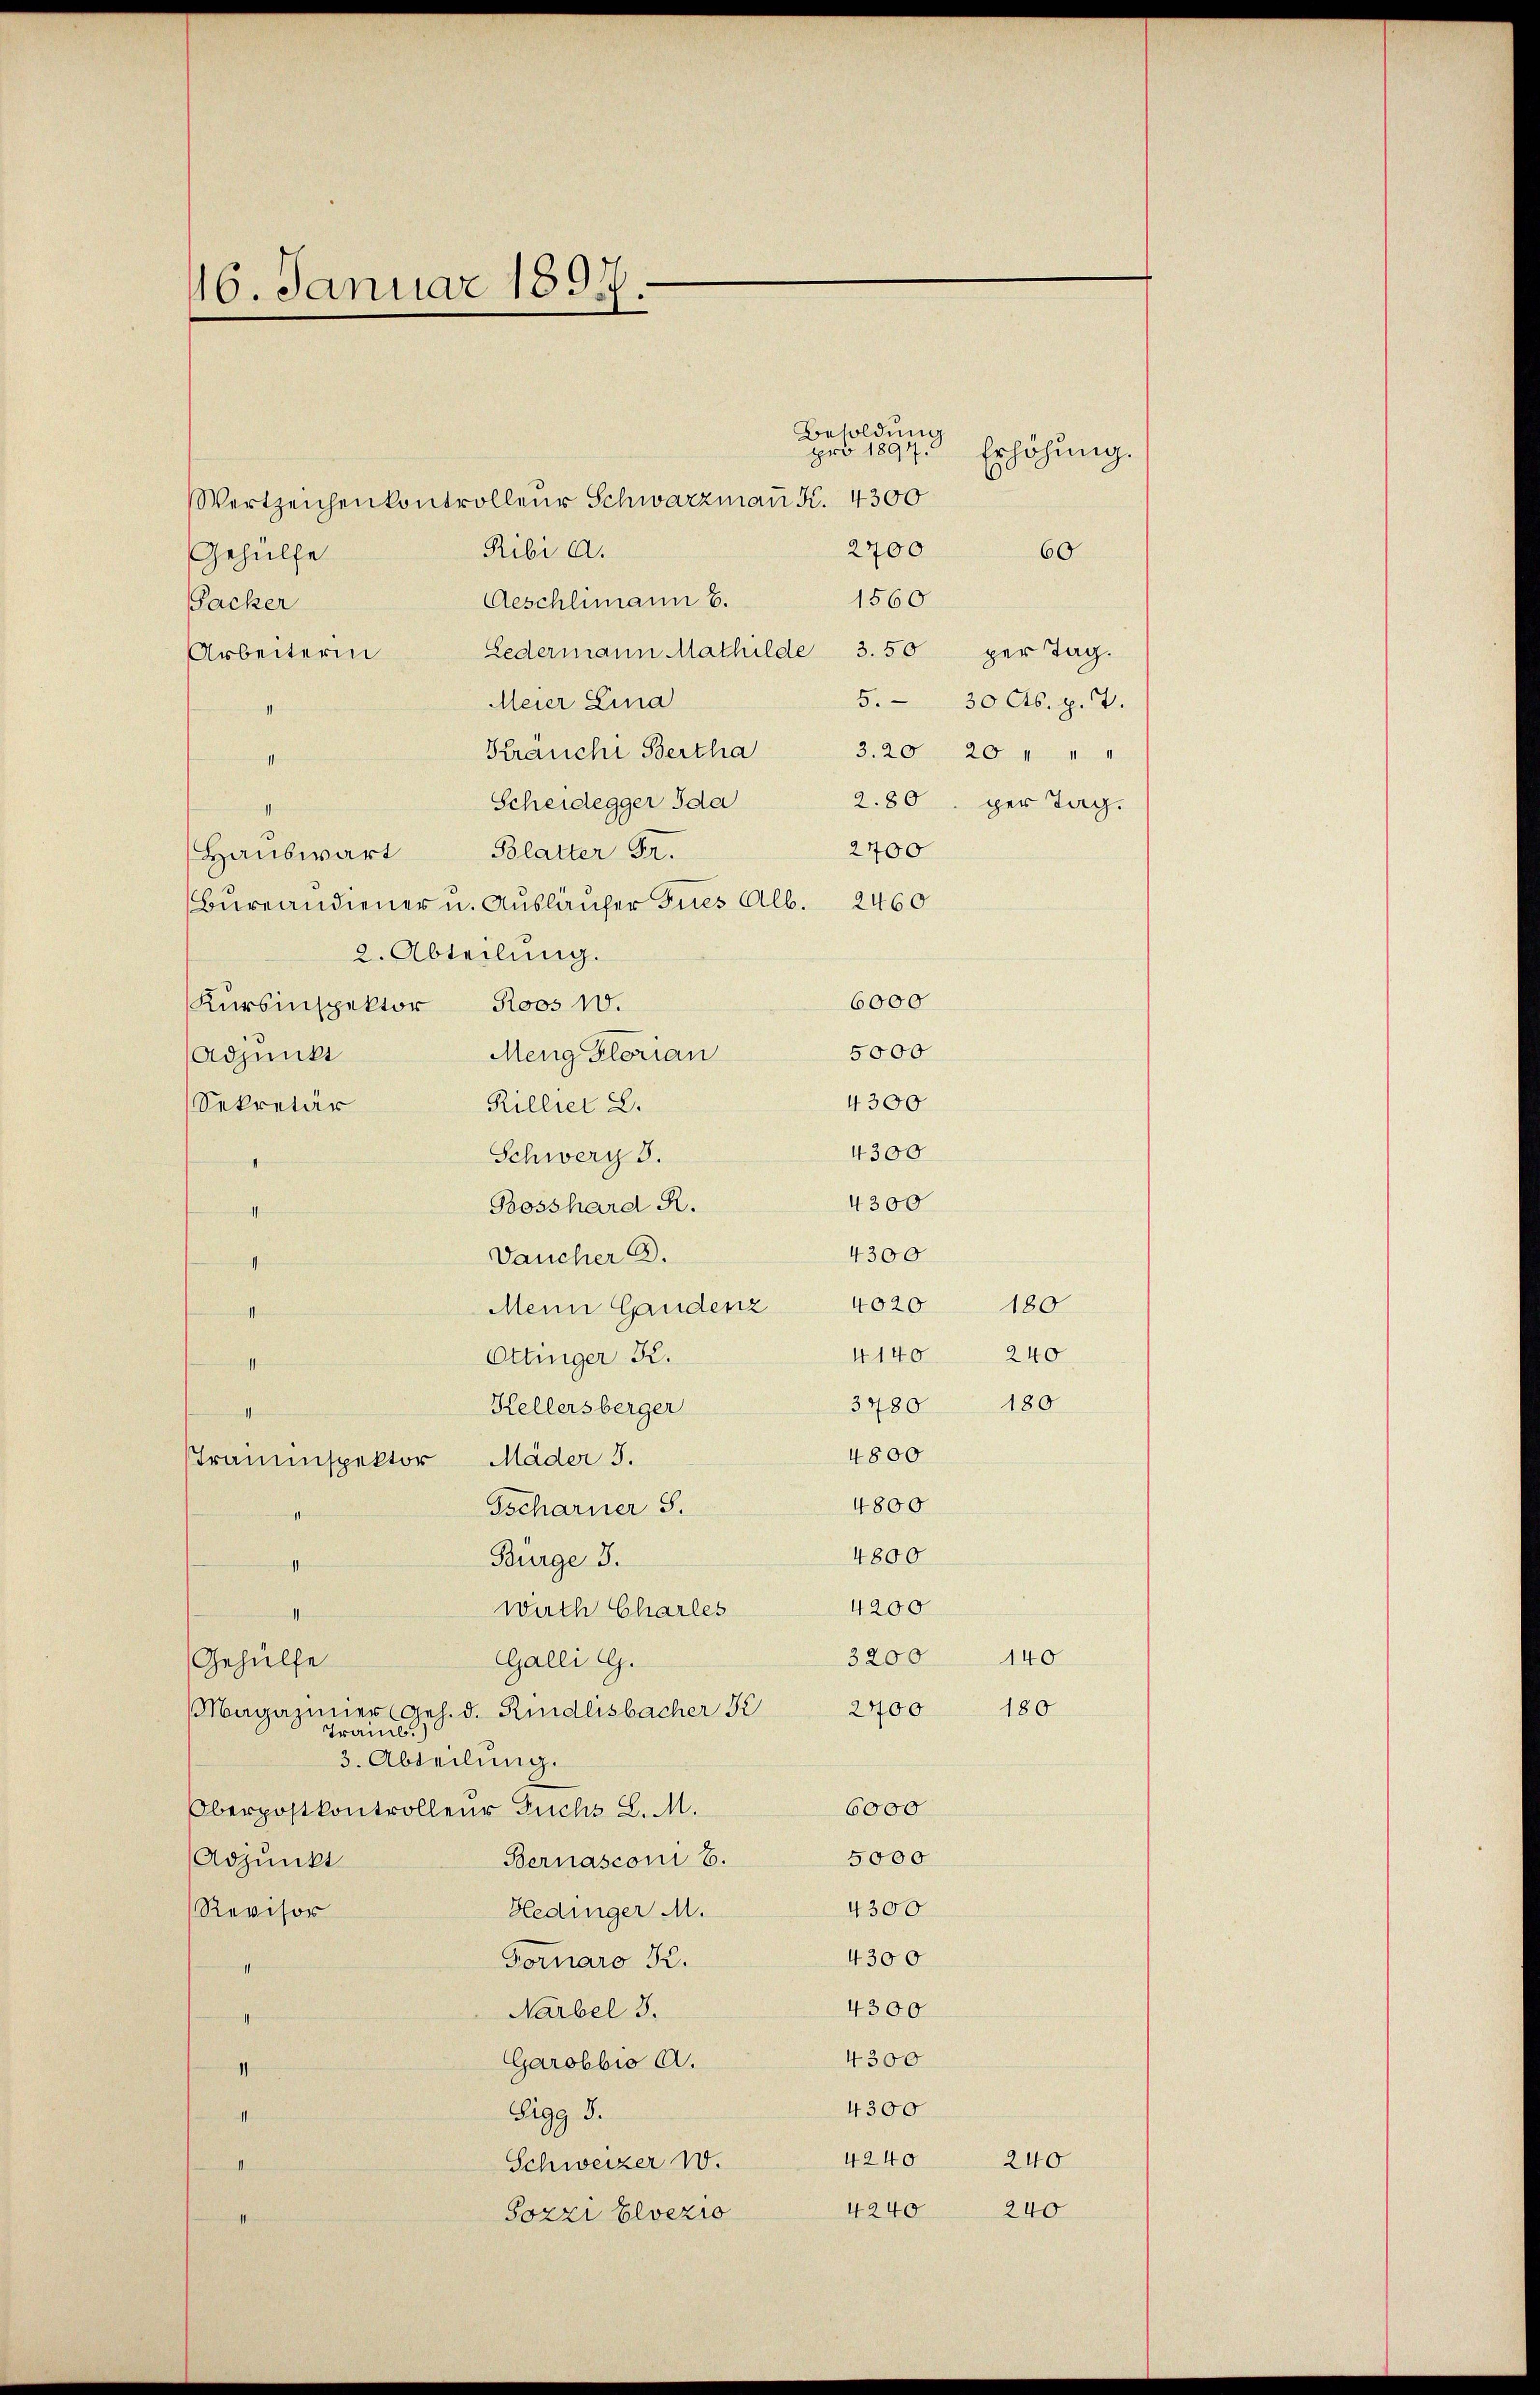
16. Januar 1891.

Besoldung
pro 1894.
Erhöhung.
Wertzeichen kontrolleur Schwarzmaṅ K. 4300
2700
Ribi a.
60
Gehülfe
1560
Aeschlimann 6.
Packer
Ledermann Mathilde 3. 50 per Tag.
Arbeiterin
5.
Meier Lina
30 Cts. p. 7.
Kranchi Bertha 3.20 20 " " "
1
Scheidegger Ida
2.80 per Tag.
2700
Blatter Fr.
Hauswärt
Bureandiener u. Ausläufer Fues Alb. 2460
2. Abteilung.
6000
Kursinspektor Roos 10.
5000
Meng Florian
Adjunkt
4300
Rillier L.
Sekretär
4300
Schwerz 3.
n
4300
Bosshard R.
II
4300
Daucher B.
4020 180
Mein Gandenz
nlich hinten
4140 240
Ottinger K.
 ich fern
3480 180
Kellersberger
ethenen
4800
Trauenspektor Mäder 3.
4800
Gscharner S.
4800
Burge 3.
.
4200
wach Charles
1
3200
140
Galli G.
Gehülfe
2700 180
Magaziner (Ges. d. Rindlisbacher S
Traml.)
3. Abteilung.
6000
Oberpostkontrolleur Fuchs L. M.
5000
Bernasconi 6.
Adpunkt
4300
Hedinger M.
Revisor
4300
Fornaro K.
1
4300
Narbel 3.
e
4300
Garobbio A.
1
4300
Sigg 3.
II
4240
240
Schweizer 10.
e
4240 240
Sozzi Elvezio